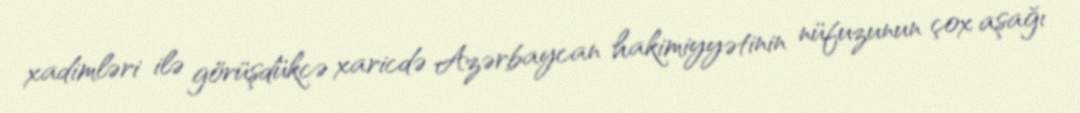
xadimləri ilə görüşdükcə xaricdə Azərbaycan hakimiyyətinin nüfuzunun çox aşağı